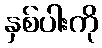
နှစ်ပါးကို